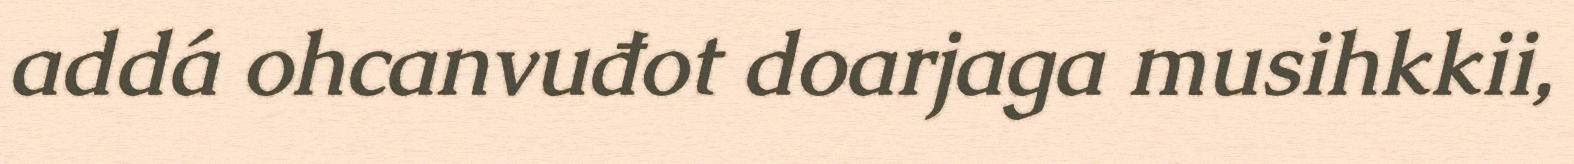
addá ohcanvuđot doarjaga musihkkii,